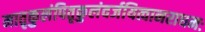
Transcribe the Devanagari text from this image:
मातृकुलंपितृकुलंवर्जयित्वानराधमः